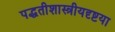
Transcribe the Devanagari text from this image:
पद्धतीशास्त्रीयदृष्टया